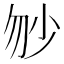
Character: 𡭥